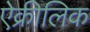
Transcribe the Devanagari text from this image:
ऐक्रीलिक